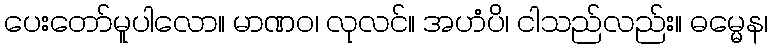
ပေးတော်မူပါလော။ မာဏဝ၊ လုလင်။ အဟံပိ၊ ငါသည်လည်း။ ဓမ္မေန၊